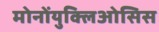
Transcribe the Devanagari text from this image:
मोनोंयुक्लिओसिस